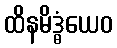
ထိနမိဒ္ဓံယေဝ